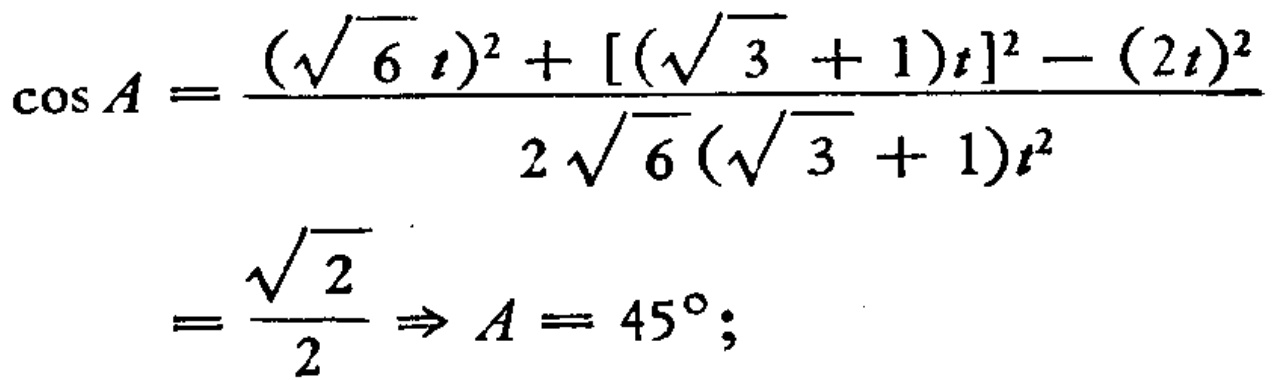
\[\begin{align*}
\cos A&=\frac{(\sqrt{6}t)^{2}+[(\sqrt{3}+1)t]^{2}-(2t)^{2}}{2\sqrt{6}(\sqrt{3}+1)t^{2}}\\
&=\frac{\sqrt{2}}{2}\Rightarrow A = 45^{\circ};
\end{align*}\]